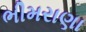
ભીમરાણા